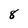
Character: 8